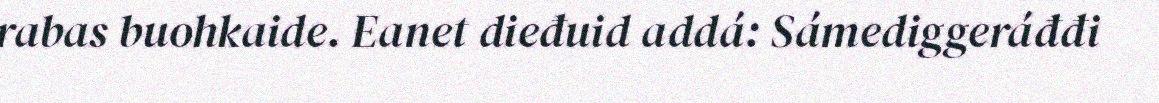
rabas buohkaide. Eanet dieđuid addá: Sámediggeráđđi